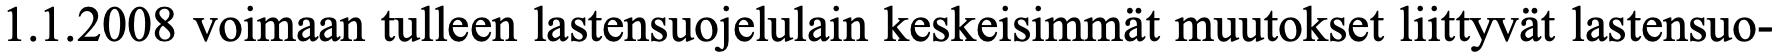
1.1.2008 voimaan tulleen lastensuojelulain keskeisimmät muutokset liittyvät lastensuo-